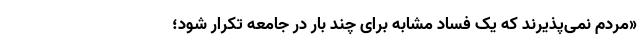
«مردم نمی‌پذیرند که یک فساد مشابه برای چند بار در جامعه تکرار شود؛